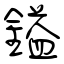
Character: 鎰